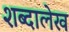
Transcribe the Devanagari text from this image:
शब्दालेख